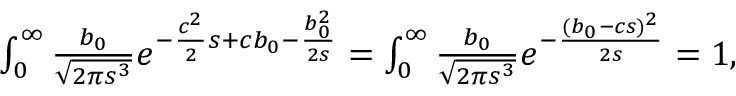
\begin{array} { r l } & { \int _ { 0 } ^ { \infty } \frac { b _ { 0 } } { \sqrt { 2 \pi s ^ { 3 } } } e ^ { - \frac { c ^ { 2 } } { 2 } s + c b _ { 0 } - \frac { b _ { 0 } ^ { 2 } } { 2 s } } \d s = \int _ { 0 } ^ { \infty } \frac { b _ { 0 } } { \sqrt { 2 \pi s ^ { 3 } } } e ^ { - \frac { ( b _ { 0 } - c s ) ^ { 2 } } { 2 s } } \d s = 1 , } \end{array}